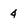
Character: 4